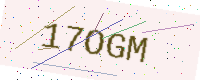
Text: 17OGM